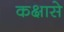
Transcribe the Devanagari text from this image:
कक्षासे